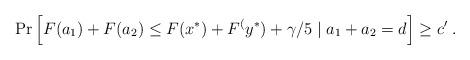
LaTeX: \begin{align*} \Pr\Big[ F(a_1)+F(a_2)\le F(x^*)+F^(y^*)+\gamma/5 \mid a_1+a_2=d \Big] \ge c'\;.\end{align*}